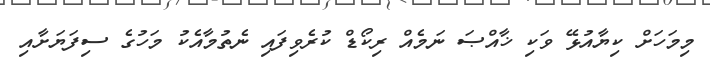
މިމަހަށް ކިޔާއުޅޭ ވަކި ޚާއްޞަ ނަމެއް ރިކޯޑް ކުރެވިފައި ނެތުމާއެކު މަހުގެ ސިފަޔަށާއި